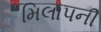
મિલાપની